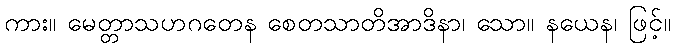
ကား။ မေတ္တာသဟဂတေန စေတသာတိအာဒိနာ၊ သော။ နယေန၊ ဖြင့်။